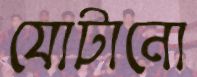
যোটানো